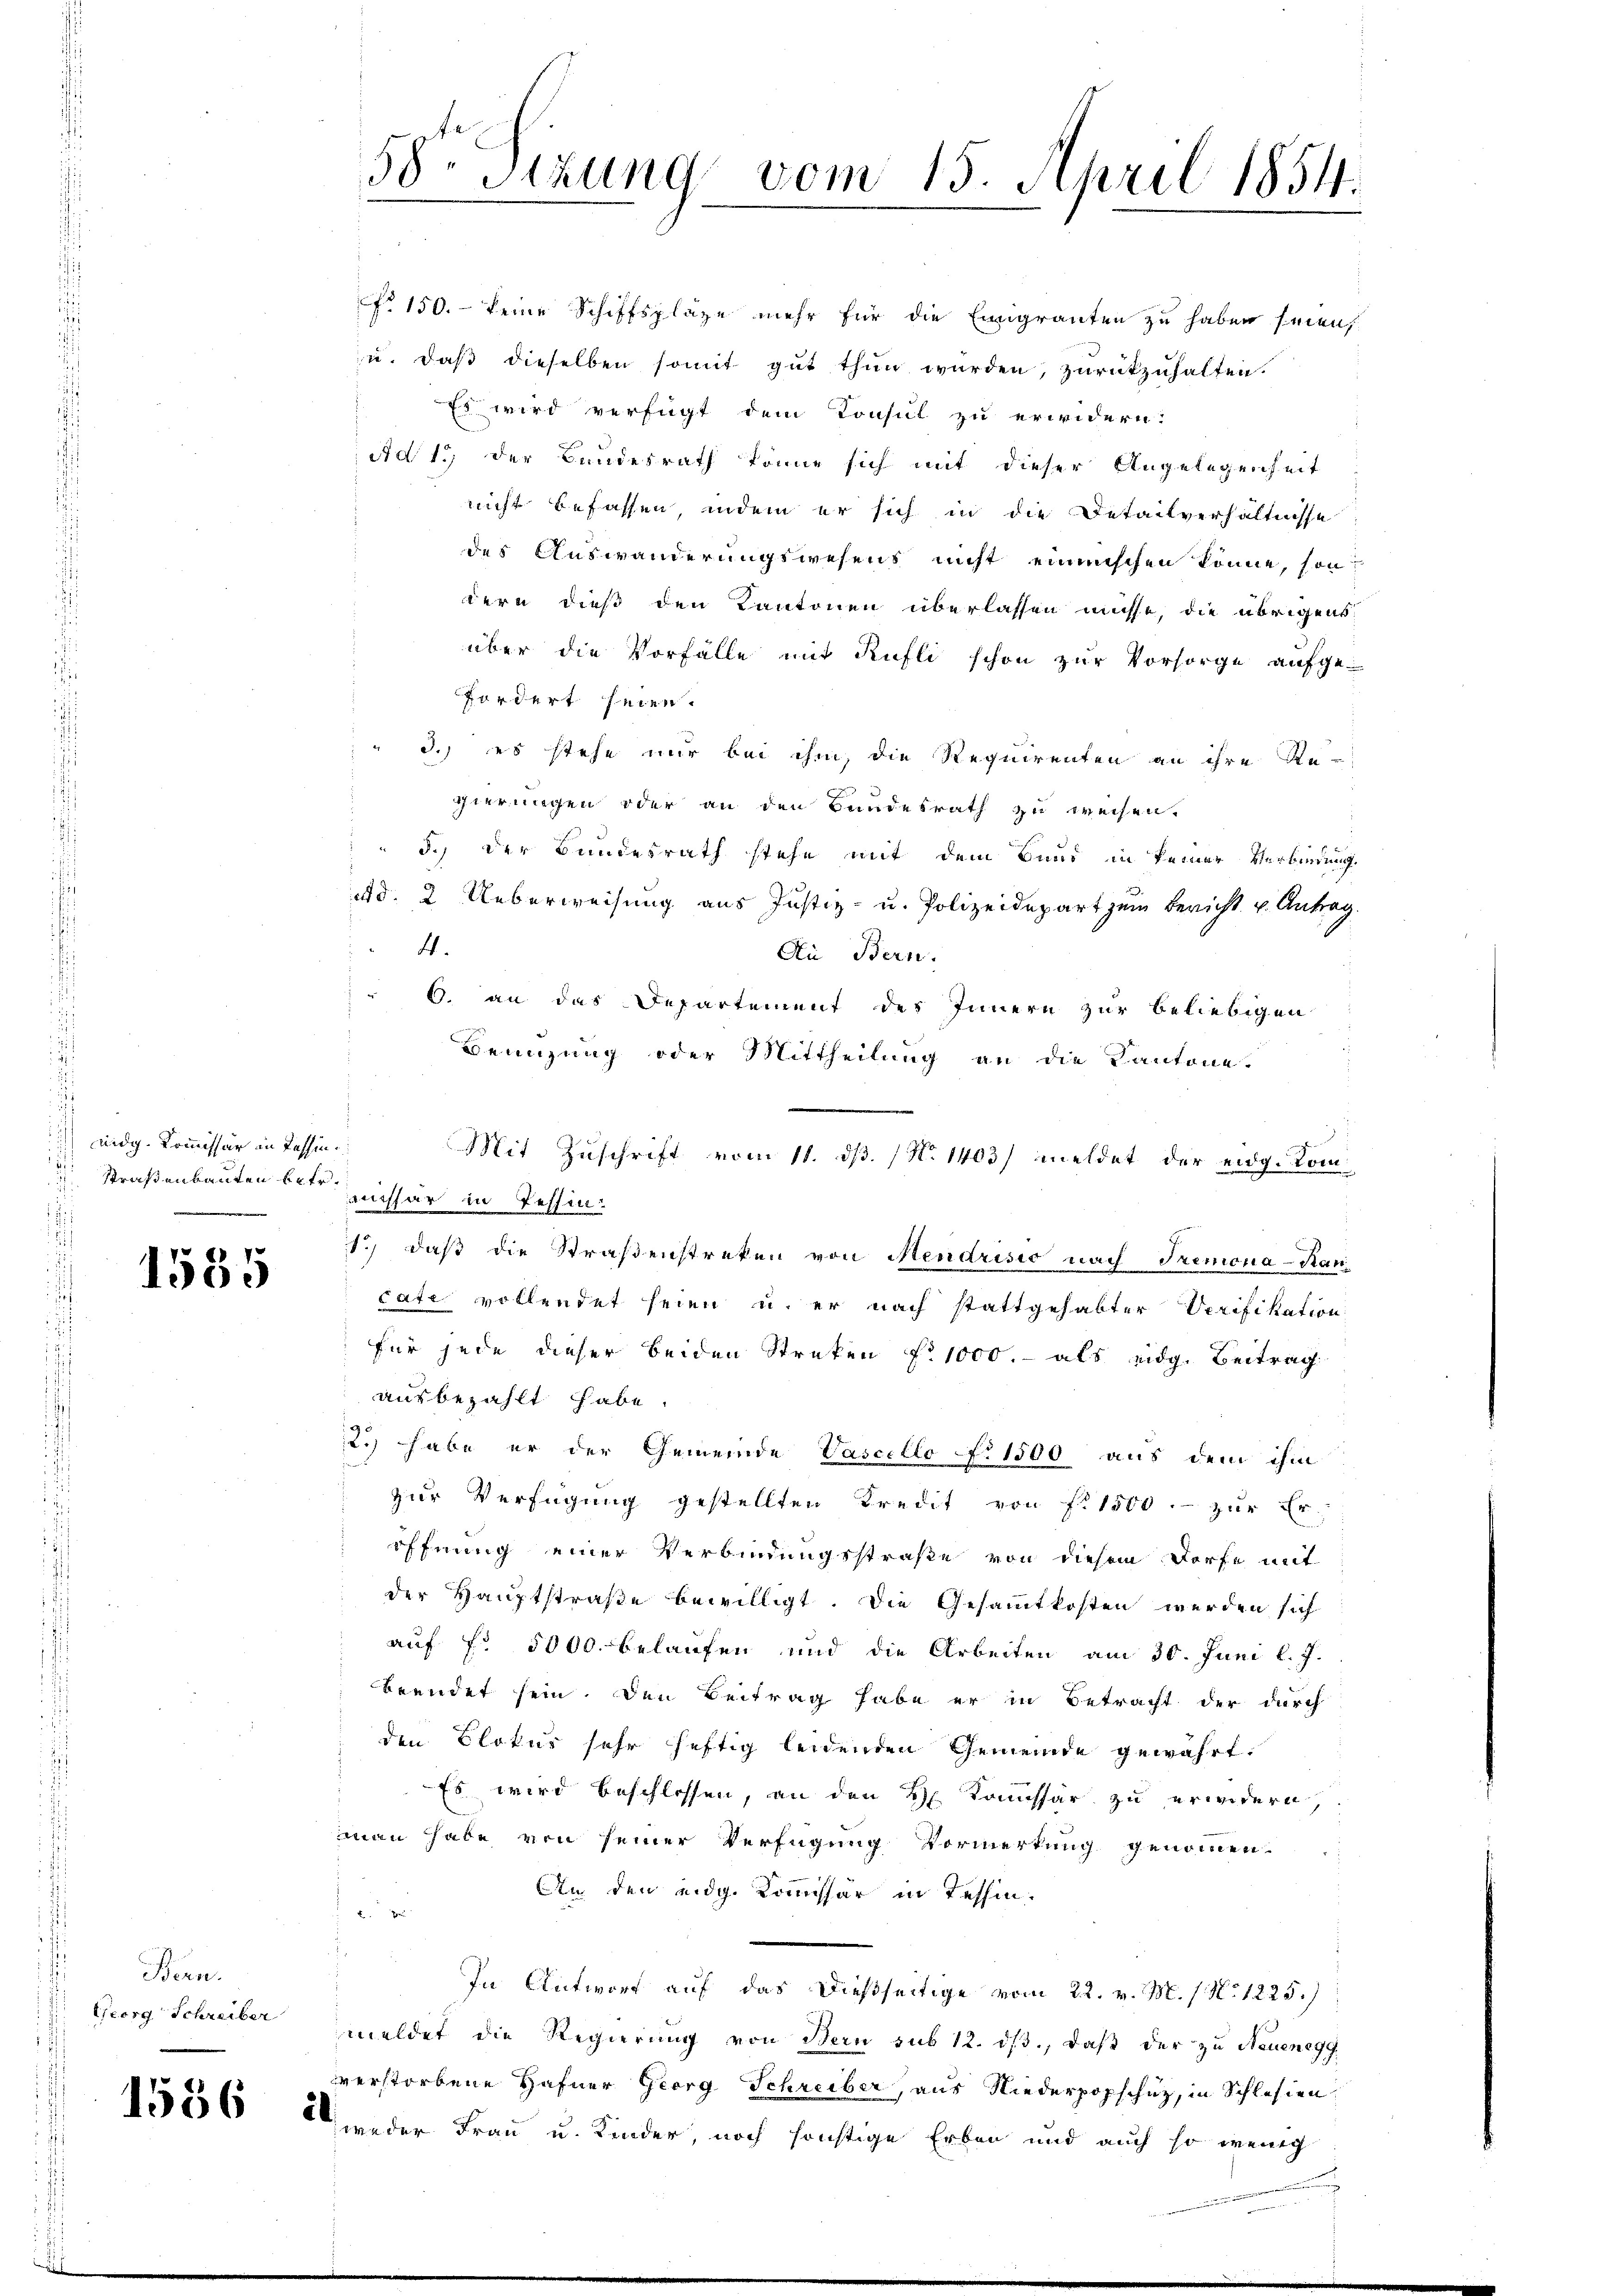
eidg. Kommissär in Passin
 Straßenbauten betr.

1555

Bern.
Georg Schreiber

f 150. - keine Schiffsplätze mehr für die Eingranten zu haben seien,
je, daß dieselben somit gut thun wurden, zurückzuhalten.
Es wird verfügt dem Consul zu erwidern:
Ad 1., der Bundesrath könne sich mit dieser Angelegenheit
nicht befassen, indem er sich in die Detailverhältnisse
des Auswanderungswesens nicht einmischen könne, sondern dieß den Kantonen überlassen müsse, die übrigens
über die Vorfälle mit Rufli schon zur Vorsorge aufge-
fordert seien.
 3.) es stehe nur bei ihm, die Requirenten an ihre An-
gierungen oder an den Bundesrath zu weisen.
3.) Der Bundesrath stehe mit dem Bund in keiner Verbindung
ad. 2. Ueberweisung aus Justiz- u. Polizeidepart zum Bericht u. Antrag.
4.
Ai Bern.
6. an das Departement des Innern zur beliebigen
Benuzung oder Mittheilung an die Kantone.
Mit Zuschrift vom 11. dß. (N. 1403/ meldet der eidg. Komaushar in Tessin:
1.) daß die Straßenstreken von Mendrisio nach Tremona-Rancate vollendet seien u. er nach stattgehabter Verifikation
für jede dieser beiden Streken f. 1000.- als eidg. Beitrag
ausbezahlt habe.
2.) habe er der Gemeinde Vascello No 1500 aus dem ihm
zur Verfügung gestellten Kredit von fl. 1500.- zur Er-
öffnung einer Verbindungsstraße von diesem Dorfe mit
der Hauptstraße bewilligt. Die Gesammtkosten werden sich
auf No 5000. belaufen und die Arbeiten am 30. Juni l. J.
beendet sein. Den Beitrag habe er in Betracht der durch
den Blatur sehr heftig leidenden Gemeinde gewährt.
Es wird beschlossen, an den H. Kommissär zu erindern,
man habe von seiner Verfügung Vormerkung genommen.
An den eidg. Kommissär in Tessin.
In Antwort auf das dießseitige vom 22. v. M. / No 1225.)
meldet die Regierung von Bern sub 12. ds., daß der zu Neuenegg
verstorbene Hafner Georg Schreiber, aus Niederpopschuz, in Schlesien
1556 Wieder Frau u. Kinder, noch sonstige Erben und auch so wenig

58. Sitzung vom 15. April 1854.